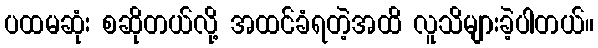
ပထမဆုံး စဆိုတယ်လို့ အထင်ခံရတဲ့အထိ လူသိများခဲ့ပါတယ်။